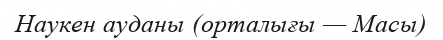
Наукен ауданы (орталығы — Масы)